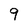
Character: 9